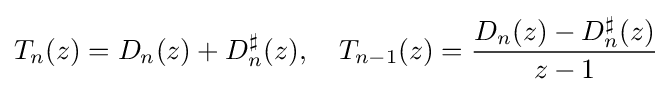
T_{n}(z)=D_{n}(z)+D_{n}^{\sharp }(z),\quad T_{n-1}(z)={\frac {D_{n}(z)-D_{n}^{\sharp }(z)}{z-1}}